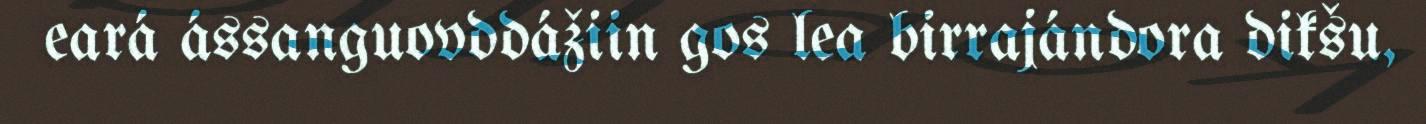
eará ássanguovddážiin gos lea birrajándora dikšu,